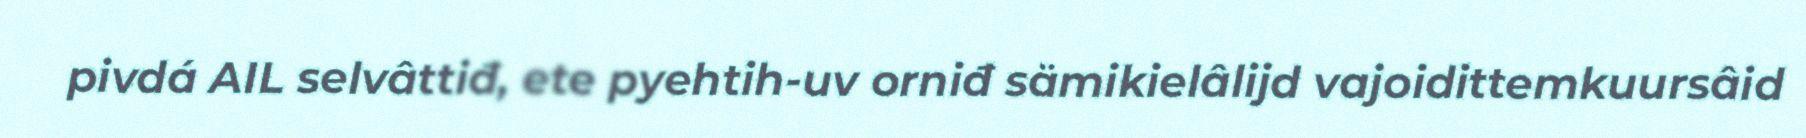
pivdá AIL selvâttiđ, ete pyehtih-uv orniđ sämikielâlijd vajoidittemkuursâid